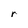
Character: r